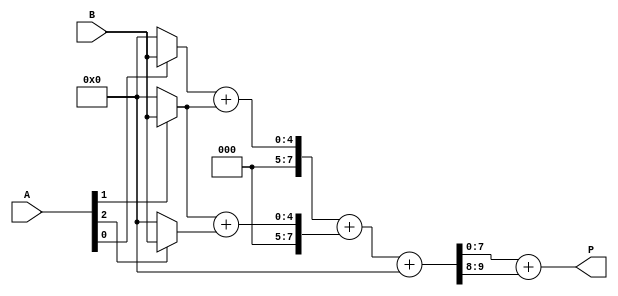
module low_power_wallace_tree_multiplier #(parameter N = 4) (
    input  [N-1:0] A,
    input  [N-1:0] B,
    output reg [2*N-1:0] P
);

    // Partial product generation
    wire [N-1:0] pp [0:N-1]; // Partial products
    genvar i, j;
    generate
        for (i = 0; i < N; i = i + 1) begin : pp_gen
            assign pp[i] = A[i] ? B : {N{1'b0}}; // Generate partial products
        end
    endgenerate

    // Wallace tree reduction
    wire [2*N-1:0] sum [0:N-1]; // Sums at each stage
    wire [N-1:0] carry [0:N-1]; // Carries at each stage

    // Stage 1: Grouping and reduction
    generate
        for (i = 0; i < N; i = i + 1) begin : stage1
            if (i < N-1) begin
                assign {carry[i], sum[i]} = pp[i] + pp[i+1]; // Add pairs of partial products
            end else begin
                assign sum[i] = pp[i]; // Last row remains as is
                assign carry[i] = 0; // No carry from the last row
            end
        end
    endgenerate

    // Stage 2: Further reduction
    wire [2*N-1:0] final_sum;
    wire [N-1:0] final_carry;

    assign {final_carry, final_sum} = sum[0] + sum[1] + carry[0]; // Final addition of two rows

    // Final product assignment
    always @(*) begin
        P = final_sum + final_carry; // Combine final sum and carry
    end

endmodule